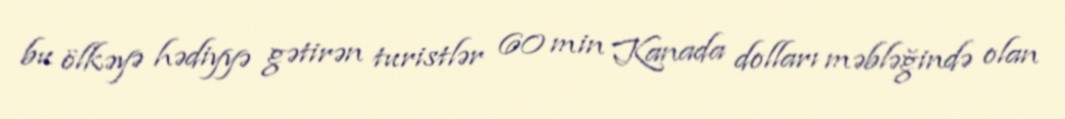
bu ölkəyə hədiyyə gətirən turistlər 60 min Kanada dolları məbləğində olan